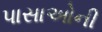
પાસાઓની